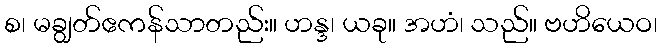
စ၊ မချွတ်ဧကန်သာတည်း။ ဟန္ဒ၊ ယခု။ အဟံ၊ သည်။ ဗဟိယေဝ၊